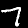
Digit: 7